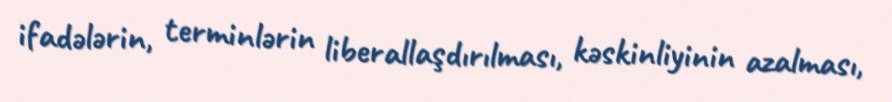
ifadələrin, terminlərin liberallaşdırılması, kəskinliyinin azalması,